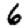
Digit: 6